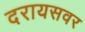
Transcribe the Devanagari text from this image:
दरायसवर